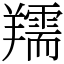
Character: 羺